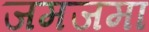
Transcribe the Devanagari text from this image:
जमजमा